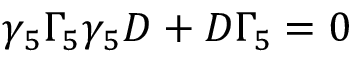
\gamma _ { 5 } \Gamma _ { 5 } \gamma _ { 5 } D + D \Gamma _ { 5 } = 0